Report of the King Institute of Preventive Medicine, Guindy
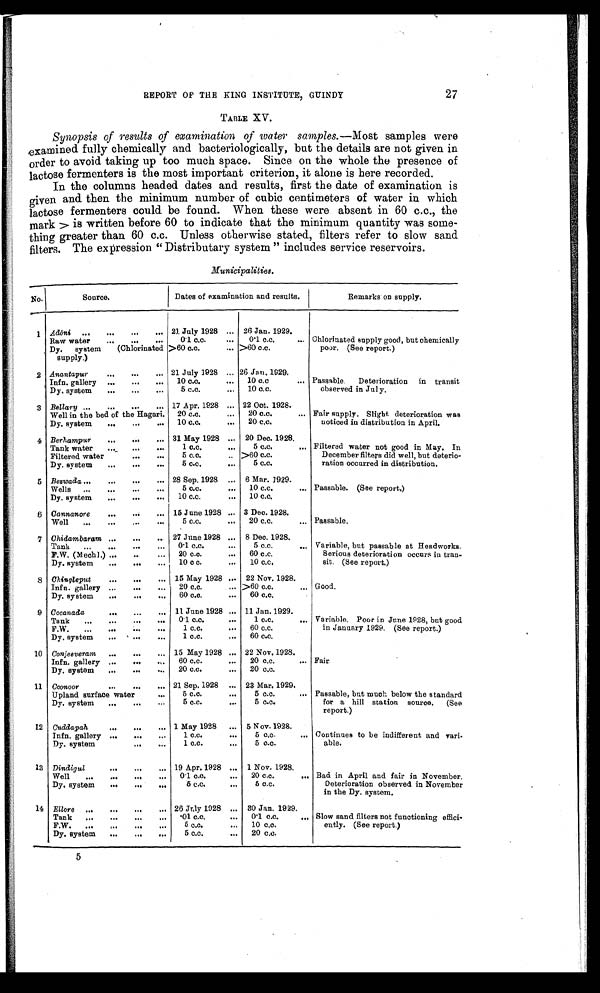
REPORT OF THE KING INSTITUTE, GUINDY
TABLE XV.
Synopsis of results of examination of water samples.— Most samples were
examined fully chemically and bacteriologically, but the details are not given in
order to avoid taking up too much space. Since on the whole the presence of
lactose fermenters is the most important criterion, it alone is here recorded.
In the columns headed dates and results, first the date of examination is
given and then the minimum number of cubic centimeters of water in which
lactose fermenters could be found. When these were absent in 60 c.c., the
mark >is written before 60 to indicate that the minimum quantity was some-
thing greater than 60 c.c. Unless otherwise stated, filters refer to slow sand
filters. The expression " Distributary system " includes service reservoirs.
Municipalities.
No.
Source.
Dates of examination and results.
Remarks on supply.
1
Adōni
...
... . • • •••
21 July 1928 ... 26 Jan. 1929.
Chlorinated supply good, but chemically
poor. (See report.)
Raw water
...
...
•••
0.1 c.c.
...
0.1 c.c.
...
Dy. system
(Chlorinated
supply.)
>60 c.c.
... >60 c.c.
2 Anantapur ...
...
... 21 July 1928 ... 26 Jan. 1929.
Passable. Deterioration in transit
observed in Jul y.
Infn. gallery ...
...
... 10 c.c.
... 10 c.c
...
Dy. system
...
5 c.c.
..
10 c.c.
3 Bellary ...
... ...
... 17 Apr. 1928 ... 22 Oct. 1928.
Fair supply. Slight deterioration was
noticed in distribution in April.
Well in the bed of the Hagari. 20 c.c.
... 20 c.c.
...
Dy. system
...
...
... 10 c.c.
... 20 c.c.
4 Berhampur
... ... ... 31 May 1928 ... 20 Dec. 1928.
Filtered water not good in May. In
December filters did well, but deterio
-
ration occurred in distribution.
Tank water
...
...
...
1 c.c.
...
5 c.c.
...
Filtered water
...
...
5 c.c.
.. >60 c.c.
Dy. system
...
. . . .
5 c.c. ...
5 c.c.
5 Bezwada ...
...
... ... 28 Sep. 1928 ... 6 Mar. 1929.
Passable. (See report.)
Wells ...
...
...
...
5 c.c.
... 10 c.c.
...
Dy. system
...
... ... 10 c.c.
... 10 c.o.
6 Cannanore
...
...
... 15 June 1928 ... 3 Dec. 1928.
Passable.
Well
,..
...
,..
...
5 c.c.
... 20 c.c.
7 Chidambaram ...
... ... 27 June 1928 ... 8 Dec. 1928.
Variable, but passable at Head works.
Serious deterioration occurs in tran-
sit. (See report.)
Tank
...
...
....
0.1 c.c.
5 c.c.
...
F.W. (Mechl.) ...
... 20 c.c.
... 60 c.c.
Dy. system
...
...
... 10 c c.
...
10 c.c,
8 Ohingleput
...
... ... 15 May 1928 ... 22 Nov. 1928.
Good.
Infn. gallery ...
...
,,, 20 c.c.
... >60 c.c.
...
Dy. system
...
...
...
60 c.c.
... 60 c.c.
.
9 Cocanada ... ...
...
11 June 1928 ... 11 Jan. 1929.
Variable, Poor in June 1828, but good
in January 1929, (See report.)
Tank
...
....
...
... 0 . 1 c.c.
...
1 c.c.
,,,
F.W.
...
...
...
. . .
1 c.c.
... 60 c.c,
Dy. system
...
...
1 c.c.
... 60 c.c.
10 Conjeeveram ..,
... 15 May 1928 ... 22 Nov. 1928.
Fair.
Infn. gallery ...
...
... 60 c.c.
... 20 c.c.
...
Dy. system
...
. . . .. 20 c.c.
... 20 c.c.
11 Coonoor ... ...
...
21 Sep. 1928 ... 23 Mar. 1929.
Passable, but much below the standard
for a hill station source. (See
report.)
Upland surface water
. . .
5 c.c.
...
5 c.c.
...
Dy, system
...
...
...
5 c.c.
...
5 c.c.
12 Cuddapah
. . . ...
...
1 May 1928 ... 5 Nov. 1928.
Continues to be indifferent, and vari.-
able.
Infn. gallery ...
...
...
1 c.c.
...
5 c.c.
...
Dy. system
. . . ...
1 c.c.
...
5 c.c.
13 Dindigul
...
. . . ... 19 Apr. 1928 ... 1 Nov. 1928.
Bad in April and fair in November.
Deterioration observed in November
in the Dy. system.
Well
...
..
...
...
0. 1 c. c. c.c.
,..
20 c.c.
„.
Dy. system
...
...
...
5 c.c.
...
5 c.c.
14 Ellore ...
...
...
... 26 July 1928 ... 30 Jan. 1929.
Slow sand filters not functioning effici-
eutly. (See report.)
Tank ...
...
...
... •01 c.c.
... 0.1 c.c.
...
F.W.
...
...
. . . ...
5 c.c.
...
10 c.c.
Dy. system
...
. . . ...
5 c.c.
... 20 c.c.
5